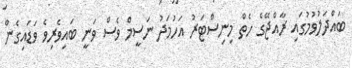
ބައްދަލުވުމުގައި ރާއްޖޭގެ ހެތް މިނިސްޓަރު އަހުމަދު ނަސީމް ވެސް ވަނީ ބައިވެރިވެ ވަޑައިގެން